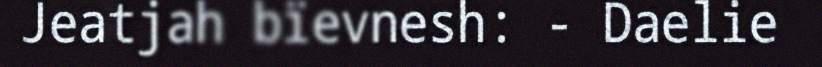
Jeatjah bïevnesh: - Daelie